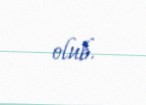
olub.